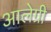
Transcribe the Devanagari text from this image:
आलेग्री